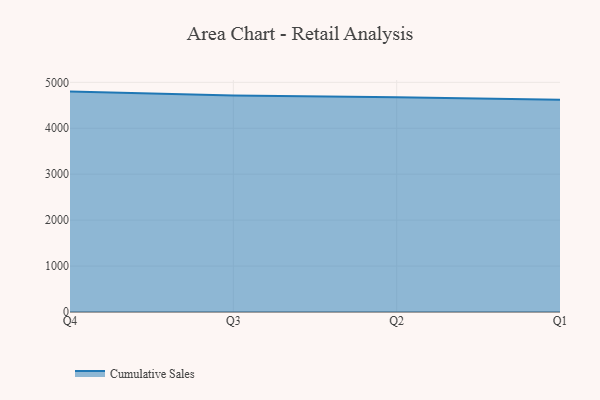
{"axis": {"x": "Quarter", "y": "Churn Rate (%)"}, "legend": ["Cumulative Sales"], "data": [{"x": "Q4", "y": 4798.3, "type": "Cumulative Sales"}, {"x": "Q3", "y": 4714.4, "type": "Cumulative Sales"}, {"x": "Q2", "y": 4676.3, "type": "Cumulative Sales"}, {"x": "Q1", "y": 4620.2, "type": "Cumulative Sales"}]}